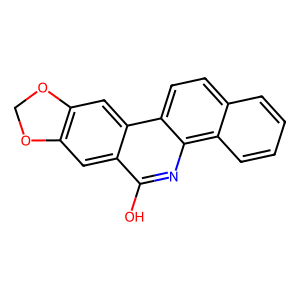
SMILES: Oc1nc2c3ccccc3ccc2c2cc3c(cc12)OCO3
Inhibits HIV replication: No